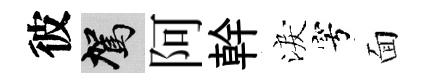
彼駕阿幹淚穹面